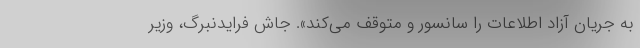
به جریان آزاد اطلاعات را سانسور و متوقف می‌کند». جاش فرایدنبرگ، وزیر